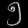
Digit: ၅